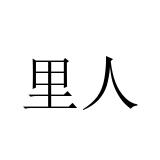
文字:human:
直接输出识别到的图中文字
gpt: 里人